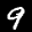
Label: 9